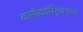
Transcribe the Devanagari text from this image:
वासोकांस्ट्रिक्शन